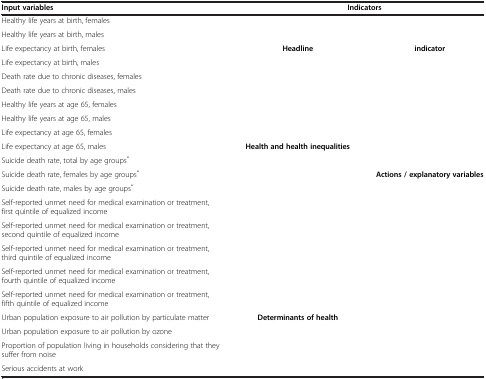
| Input variables | <COLSPAN=2> Indicators |
 | --- | --- | --- |
 | Healthy life years at birth, females |  |  |
 | Healthy life years at birth, males |  |  |
 | Life expectancy at birth, females | Headline | indicator |
 | Life expectancy at birth, males |  |  |
 | Death rate due to chronic diseases, females |  |  |
 | Death rate due to chronic diseases, males |  |  |
 | Healthy life years at age 65, females |  |  |
 | Healthy life years at age 65, males |  |  |
 | Life expectancy at age 65, females |  |  |
 | Life expectancy at age 65, males | <ROWSPAN=4> Health and health inequalities |  |
 | Suicide death rate, total by age groups* |  |
 | Suicide death rate, females by age groups* | <ROWSPAN=4> Actions / explanatory variables |
 | Suicide death rate, males by age groups* |
 | Self-reported unmet need for medical examination or treatment, first quintile of equalized income |  |
 | Self-reported unmet need for medical examination or treatment, second quintile of equalized income |  |
 | Self-reported unmet need for medical examination or treatment, third quintile of equalized income |  |  |
 | Self-reported unmet need for medical examination or treatment, fourth quintile of equalized income |  |  |
 | Self-reported unmet need for medical examination or treatment, fifth quintile of equalized income |  |  |
 | Urban population exposure to air pollution by particulate matter | <ROWSPAN=3> Determinants of health |  |
 | Urban population exposure to air pollution by ozone |  |
 | Proportion of population living in households considering that they suffer from noise |  |
 | Serious accidents at work |  |  |